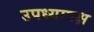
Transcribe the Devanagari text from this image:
उपध्यापक्ष